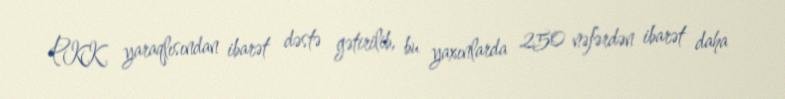
PKK yaraqlısından ibarət dəstə gətirilib, bu yaxınlarda 250 nəfərdən ibarət daha